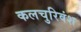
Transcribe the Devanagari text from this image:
कलचुरिवंश